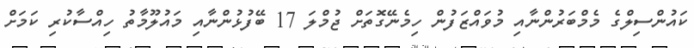
ކައުންސިލްގެ މެމްބަރުންނާއި މުވައްޒަފުން ހިމެނޭގޮތަށް ޖުމްލަ 17 ބޭފުޅުންނާއި މައުލޫމާތު ހިއްސާކުރި ކަމަށް